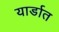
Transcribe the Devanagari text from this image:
यार्डात